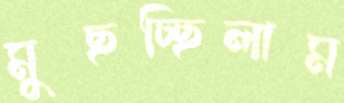
মুছচ্ছিলাম